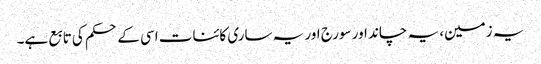
یہ زمین، یہ چاند اور سورج اور یہ ساری کائنات اسی کے حکم کی تابع ہے۔